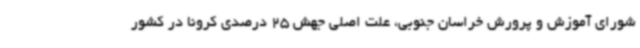
شورای آموزش و پرورش خراسان جنوبی، علت اصلی جهش 25 درصدی کرونا در کشور